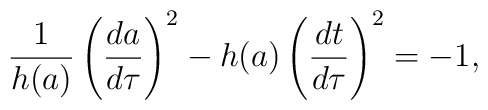
{1\over{h(a)}}\left({{da}\over{d\tau}}\right)^2-h(a)\left({{dt}\over{d\tau}}\right)^2=-1,